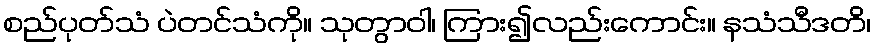
စည်ပုတ်သံ ပဲတင်သံကို။ သုတွာဝါ၊ ကြား၍လည်းကောင်း။ နသံသီဒတိ၊